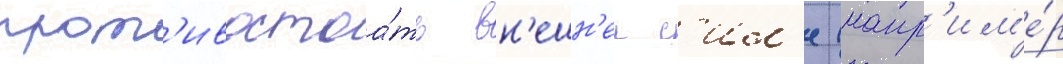
прот'ивостоа́ть вн'ешн'еи с'ил'е (напр'им'е́р